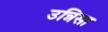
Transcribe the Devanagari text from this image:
उन्निसा